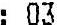
: 03